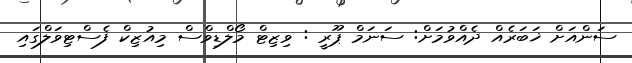
ސަންއަށް ޚަބަރެއް ދެއްވުމަށް: ސަނަމް ޕޫރީ : ވިޒިޓް މޯލްޑިވްސް މިއުޒިކް ފެސްޓިވަލްގައި